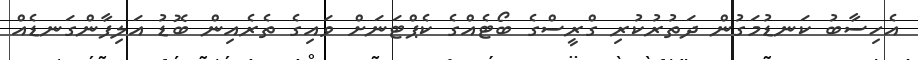
އެހިސާބު ކަނޑުމަގުން ދަތުރުކުރި ގްރީސްގެ ބޯޓެއްގެ ކެޕްޓަނަށް ވައިގެ ތެރެއިން ބޮޑު އަލިފާންގަނޑެއް